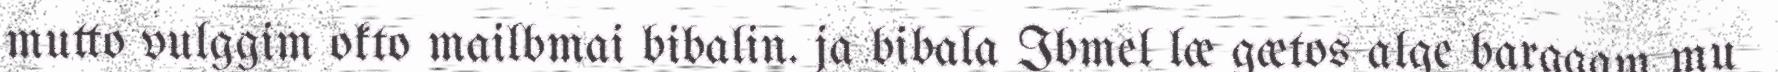
mutto vulggim okto mailbmai bibalin. ja bibala Ibmel læ gætos alge barggam mu